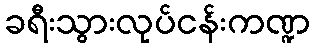
ခရီးသွားလုပ်ငန်းကဏ္ဍ